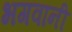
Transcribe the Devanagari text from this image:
भगवानी